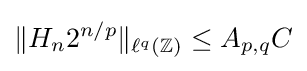
\|H_{n}2^{n/p}\|_{\ell ^{q}(\mathbb {Z} )}\leq A_{p,q}C